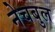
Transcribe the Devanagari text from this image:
नेचबुल